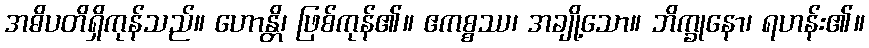
အဓိပတိရှိကုန်သည်။ ဟောန္တိ၊ ဖြစ်ကုန်၏။ ဧကစ္စဿ၊ အချို့သော။ ဘိက္ခုနော၊ ရဟန်း၏။